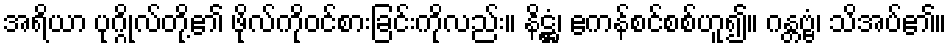
အရိယာ ပုဂ္ဂိုလ်တို့၏ ဖိုလ်ကိုဝင်စားခြင်းကိုလည်း။ နိဋ္ဌံ၊ ဧကန်စင်စစ်ဟူ၍။ ဂန္တဗ္ဗံ၊ သိအပ်၏။